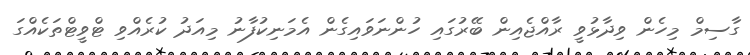
ގާސިމް މިހެން ވިދާޅުވީ ރާއްޖެއިން ބޭރުގައި ހުންނަވައިގެން އެމަނިކުފާނު މިއަދު ކުރެއްވި ޓްވީޓްތަކެއްގަ